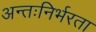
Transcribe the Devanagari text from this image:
अन्तःनिर्भरता